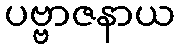
ပဗ္ဗာဇနာယ